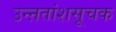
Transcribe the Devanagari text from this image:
उन्ऩतांशसूचक